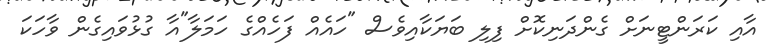
އާއި ކަރަންޓީނަށް ގެންދަނިކޮށް ފިލި ބަޔަކާއިވެސް "ހައެއް ފަހެއްގެ ހަމަލާ"އާ ގުޅުވައިގެން ވާހަކަ